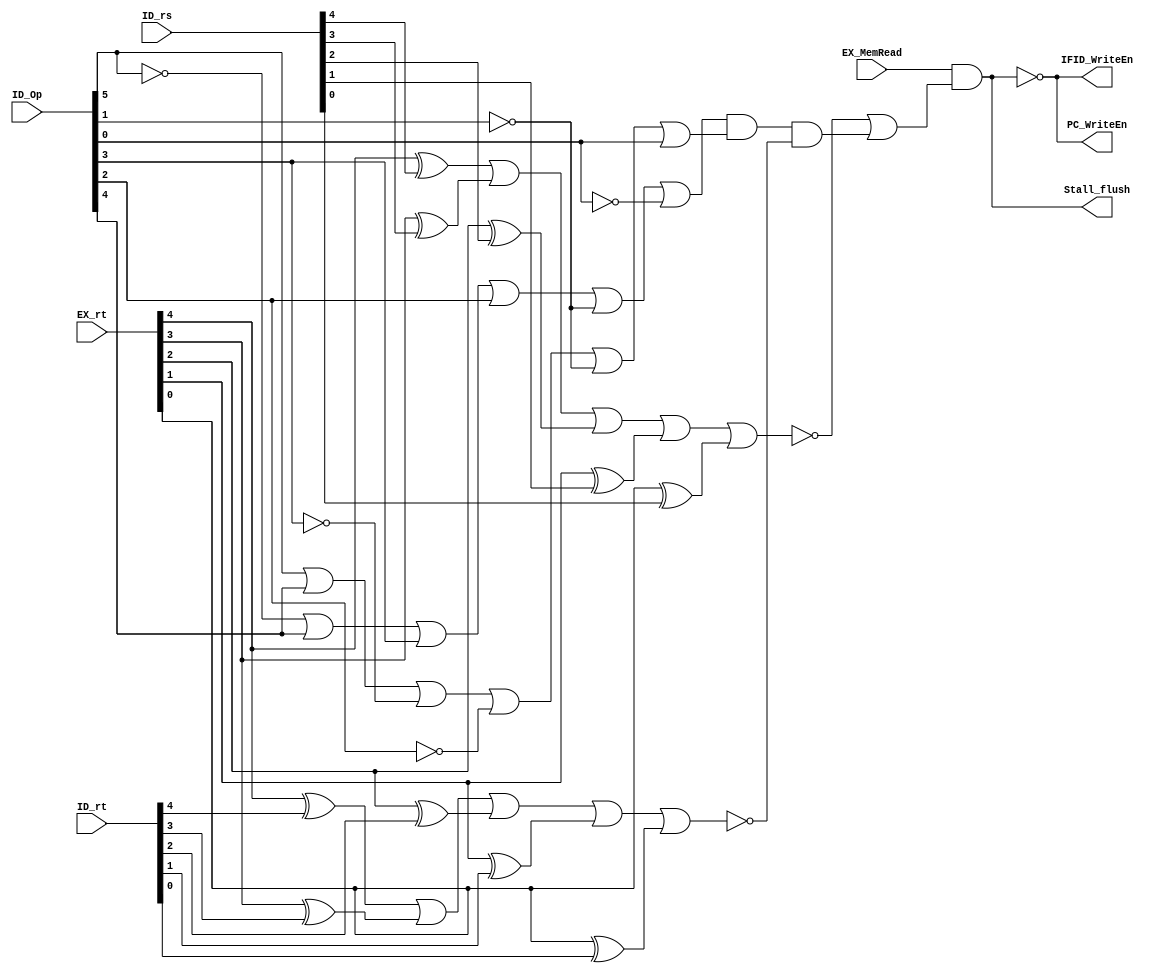
`timescale 1 ps / 100 fs
// Verilog project: 32-bit 5-stage Pipelined MIPS Processor in Verilog 
// Stall Control 
module StallControl(PC_WriteEn,IFID_WriteEn,Stall_flush,EX_MemRead,EX_rt,ID_rs,ID_rt,ID_Op);
output PC_WriteEn,IFID_WriteEn,Stall_flush;
wire PC_WriteEn,IFID_WriteEn,Stall_flush;
input EX_MemRead;
input [4:0] EX_rt,ID_rs,ID_rt;
input [5:0] ID_Op;
wire [4:0] EX_rt,ID_rs,ID_rt,xorRsRt,xorRtRt;
wire [5:0] xoropcodelw,xoropcodexori;
wire EX_MemRead;
//wire xoropcode1,xoroprt;
// write in behavior model
/*always @(EX_MemRead or EX_rt or ID_rs or ID_rt)
begin
 if ((EX_MemRead==1)&&((EX_rt==ID_rs)||((EX_rt==ID_rt)&&(Opcode!= 6'b001110)&&(Opcode!= 6'b100011)))
  begin
  PC_WriteEn=1'b0;
  IFID_WriteEn=1'b0;
  Stall_flush =1'b1;
  end
  else
  begin
  PC_WriteEn=1'b1;
  IFID_WriteEn=1'b1;
  Stall_flush =1'b0;
  end
end
*/
// write in structural model
xor #(50) xorRsRt4(xorRsRt[4],EX_rt[4],ID_rs[4]);
xor #(50) xorRsRt3(xorRsRt[3],EX_rt[3],ID_rs[3]);
xor #(50) xorRsRt2(xorRsRt[2],EX_rt[2],ID_rs[2]);
xor #(50) xorRsRt1(xorRsRt[1],EX_rt[1],ID_rs[1]);
xor #(50) xorRsRt0(xorRsRt[0],EX_rt[0],ID_rs[0]);
or #(50) OrRsRt1(OrRsRt,xorRsRt[4],xorRsRt[3],xorRsRt[2],xorRsRt[1],xorRsRt[0]);
not #(50) notgate1(notOrRsRt,OrRsRt);
// neu EX_rt==ID_rs thi notOrRsRt = 1

xor #(50) xorRtRt4(xorRtRt[4],EX_rt[4],ID_rt[4]);
xor #(50) xorRtRt3(xorRtRt[3],EX_rt[3],ID_rt[3]);
xor #(50) xorRtRt2(xorRtRt[2],EX_rt[2],ID_rt[2]);
xor #(50) xorRtRt1(xorRtRt[1],EX_rt[1],ID_rt[1]);
xor #(50) xorRtRt0(xorRtRt[0],EX_rt[0],ID_rt[0]);
or #(50) OrRtRt1(OrRtRt,xorRtRt[4],xorRtRt[3],xorRtRt[2],xorRtRt[1],xorRtRt[0]);
not #(50) notgate2(notOrRtRt,OrRtRt);
// neu EX_rt==ID_rt thi notOrRtRt = 1
xor #(50) xoropcode5(xoropcodelw[5],ID_Op[5],1'b1);
xor #(50) xoropcode4(xoropcodelw[4],ID_Op[4],1'b0);
xor #(50) xoropcode3(xoropcodelw[3],ID_Op[3],1'b0);
xor #(50) xoropcode2(xoropcodelw[2],ID_Op[2],1'b0);
xor #(50) xoropcode1(xoropcodelw[1],ID_Op[1],1'b1);
xor #(50) xoropcode0(xoropcodelw[0],ID_Op[0],1'b1);
or #(50) oropcode1(ec1,xoropcodelw[5],xoropcodelw[4],xoropcodelw[3],xoropcodelw[2],xoropcodelw[1],xoropcodelw[0]);
// opcode != opcode[lw] xoropcodelw =1
xor #(50) xoropcod5(xoropcodexori[5],ID_Op[5],1'b0);
xor #(50) xoropcod4(xoropcodexori[4],ID_Op[4],1'b0);
xor #(50) xoropcod3(xoropcodexori[3],ID_Op[3],1'b1);
xor #(50) xoropcod2(xoropcodexori[2],ID_Op[2],1'b1);
xor #(50) xoropcod1(xoropcodexori[1],ID_Op[1],1'b1);
xor #(50) xoropcod0(xoropcodexori[0],ID_Op[0],1'b0);
or #(50) oropcode2(ec2,xoropcodexori[5],xoropcodexori[4],xoropcodexori[3],xoropcodexori[2],xoropcodexori[1],xoropcodexori[0]);
// opcode != opcode[xori] xoropcodexori =1

and #(50) and1(xorop,ec1,ec2);
and #(50) and2(xoroprt,xorop,notOrRtRt);
or #(50) OrEXIDRsRt(OrOut,notOrRsRt,xoroprt);
and #(50) AndCondition(Condition,EX_MemRead,OrOut);
// Condition =1 when stall is satisfied
not #(50) NotPC_WriteEn(PC_WriteEn,Condition);
not #(50) NotIFID_WriteEn(IFID_WriteEn,Condition);
buf #(50) bufStallflush(Stall_flush,Condition);
endmodule